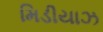
મિડીયાઝ